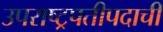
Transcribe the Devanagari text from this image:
उपराष्ट्रपतीपदाची